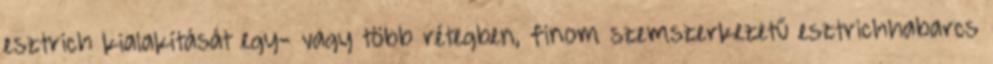
esztrich kialakítását egy- vagy több rétegben, finom szemszerkezetű esztrichhabarcs